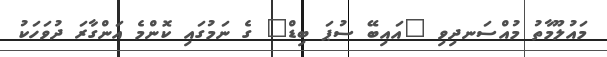
މައުލޫމާތު މުއްސަނދިވި "އައިބޭ ސުޕަ ބިޑް" ގެ ނަމުގައި ކޮންމެ އަންގާރަ ދުވަހަކު